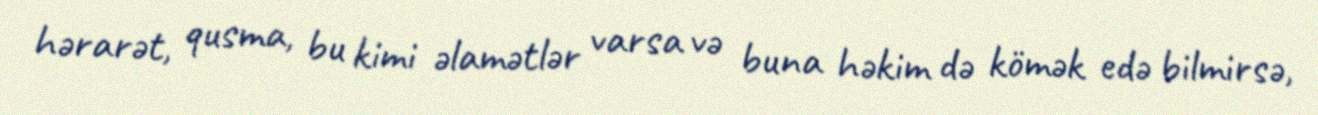
hərarət, qusma, bu kimi əlamətlər varsa və buna həkim də kömək edə bilmirsə,